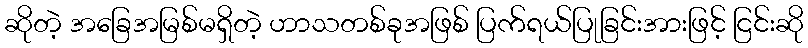
ဆိုတဲ့ အခြေအမြစ်မရှိတဲ့ ဟာသတစ်ခုအဖြစ် ပြက်ရယ်ပြုခြင်းအားဖြင့် ငြင်းဆို